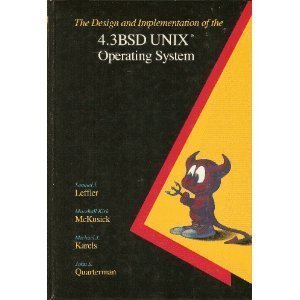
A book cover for The Design and Implementation of the 4.3 BSD UNIX Operating System; Samuel J. Leffler; Computers & Technology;